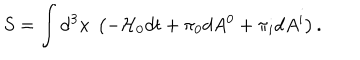
LaTeX: S = \int \mathrm { d } ^ { 3 } x ~ \left( - { \cal H } _ { 0 } d t + \pi _ { 0 } d A ^ { 0 } + \pi _ { i } d A ^ { i } \right) .